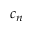
c _ { n }